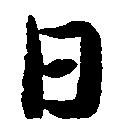
日